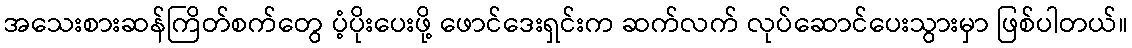
အသေးစားဆန်ကြိတ်စက်တွေ ပံ့ပိုးပေးဖို့ ဖောင်ဒေးရှင်းက ဆက်လက် လုပ်ဆောင်ပေးသွားမှာ ဖြစ်ပါတယ်။